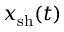
x _ { \mathrm { s h } } ( t )